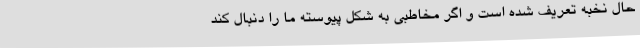
حال نخبه تعریف‌ شده است و اگر مخاطبی به شکل پیوسته ما را دنبال کند